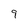
Character: 9